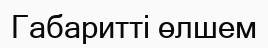
Габаритті өлшем